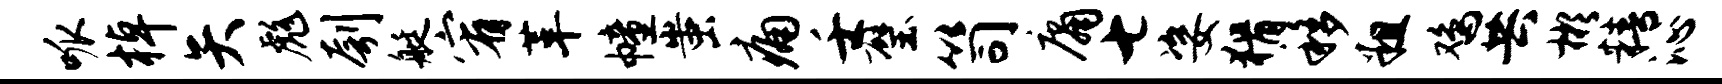
呱棹矢彪刳艇宥革幢蚩痛壬璧笥庸七姿猾移粗鸡共彬精沁